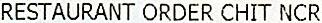
RESTAURANT ORDER CHIT NCR